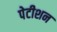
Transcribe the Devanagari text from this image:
पेटीशन